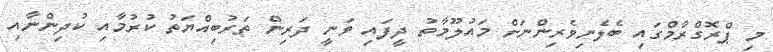
މި ޕްރޮގްރާމްގައި ބެލެނިވެރިންނަށް މައުލޫމާތު ދީފައި ވަނީ ދަރިން ތަރުބިއްޔަތު ކުރުމާއި ކުދިންނާއި